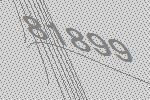
81899